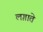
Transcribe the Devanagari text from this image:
लग़ाते